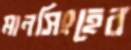
মানসিংহের